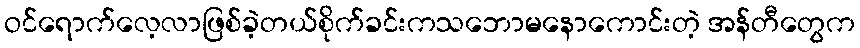
ဝင်ရောက်လေ့လာဖြစ်ခဲ့တယ်စိုက်ခင်းကသဘောမနောကောင်းတဲ့ အန်တီတွေက